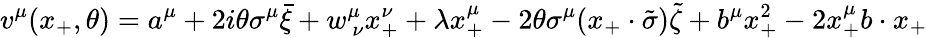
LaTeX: v^{\mu}(x_{+},\theta)=a^{\mu}+2i\theta\sigma^{\mu}\bar{\xi}+w_{~\nu}^{\mu}x_{+}^{\nu}+\lambda x_{+}^{\mu}-2\theta\sigma^{\mu}(x_{+}\cdot\tilde{\sigma})\tilde{\zeta}+b^{\mu}x_{+}^{2}-2x_{+}^{\mu}b\cdot x_{+}